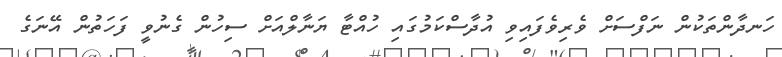
ހަނދާންތަކުން ނަފްސަށް ވެރިވެފައިވި އުދާސްކަމުގައި ހުއްޓާ ޔަނާލްއަށް ސިހުން ގެނުވީ ފަހަތުން އޭނަގެ